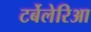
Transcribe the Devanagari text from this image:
टर्बेलेरिआ